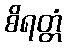
စိရတ္တံ